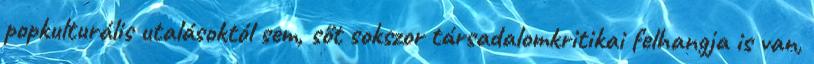
popkulturális utalásoktól sem, sőt sokszor társadalomkritikai felhangja is van,